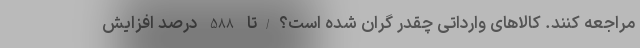
مراجعه کنند. کالاهای وارداتی چقدر گران شده است؟/تا 588 درصد افزایش